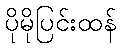
ပိုမိုပြင်းထန်